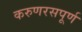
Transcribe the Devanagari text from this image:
करुणरसपूर्ण